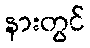
နားတွင်